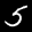
Label: 5